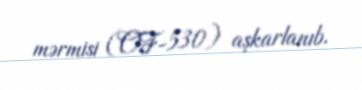
mərmisi (OF-530) aşkarlanıb.